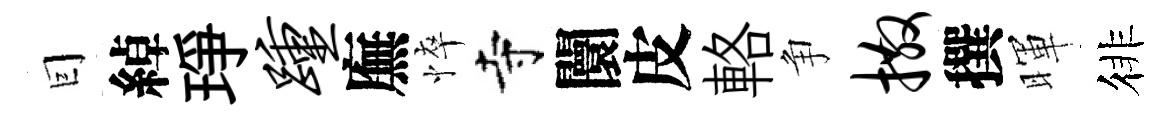
囙綽琤踵廡悴寺闤皮輅争撒撰暉徘